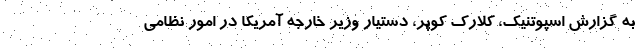
به گزارش اسپوتنیک، کلارک کوپر، دستیار وزیر خارجه آمریکا در امور نظامی